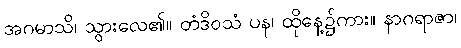
အဂမာသိ၊ သွားလေ၏။ တံဒိဝသံ ပန၊ ထိုနေ့၌ကား။ နာဂရာဇာ၊